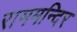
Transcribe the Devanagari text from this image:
राममन्दिर